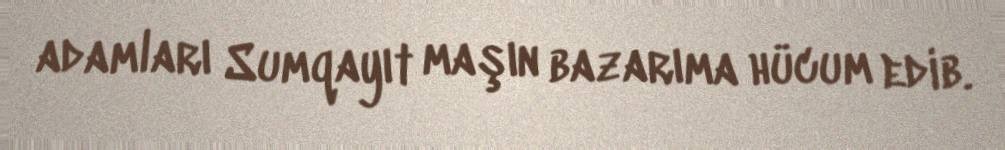
adamları Sumqayıt maşın bazarıma hücum edib.